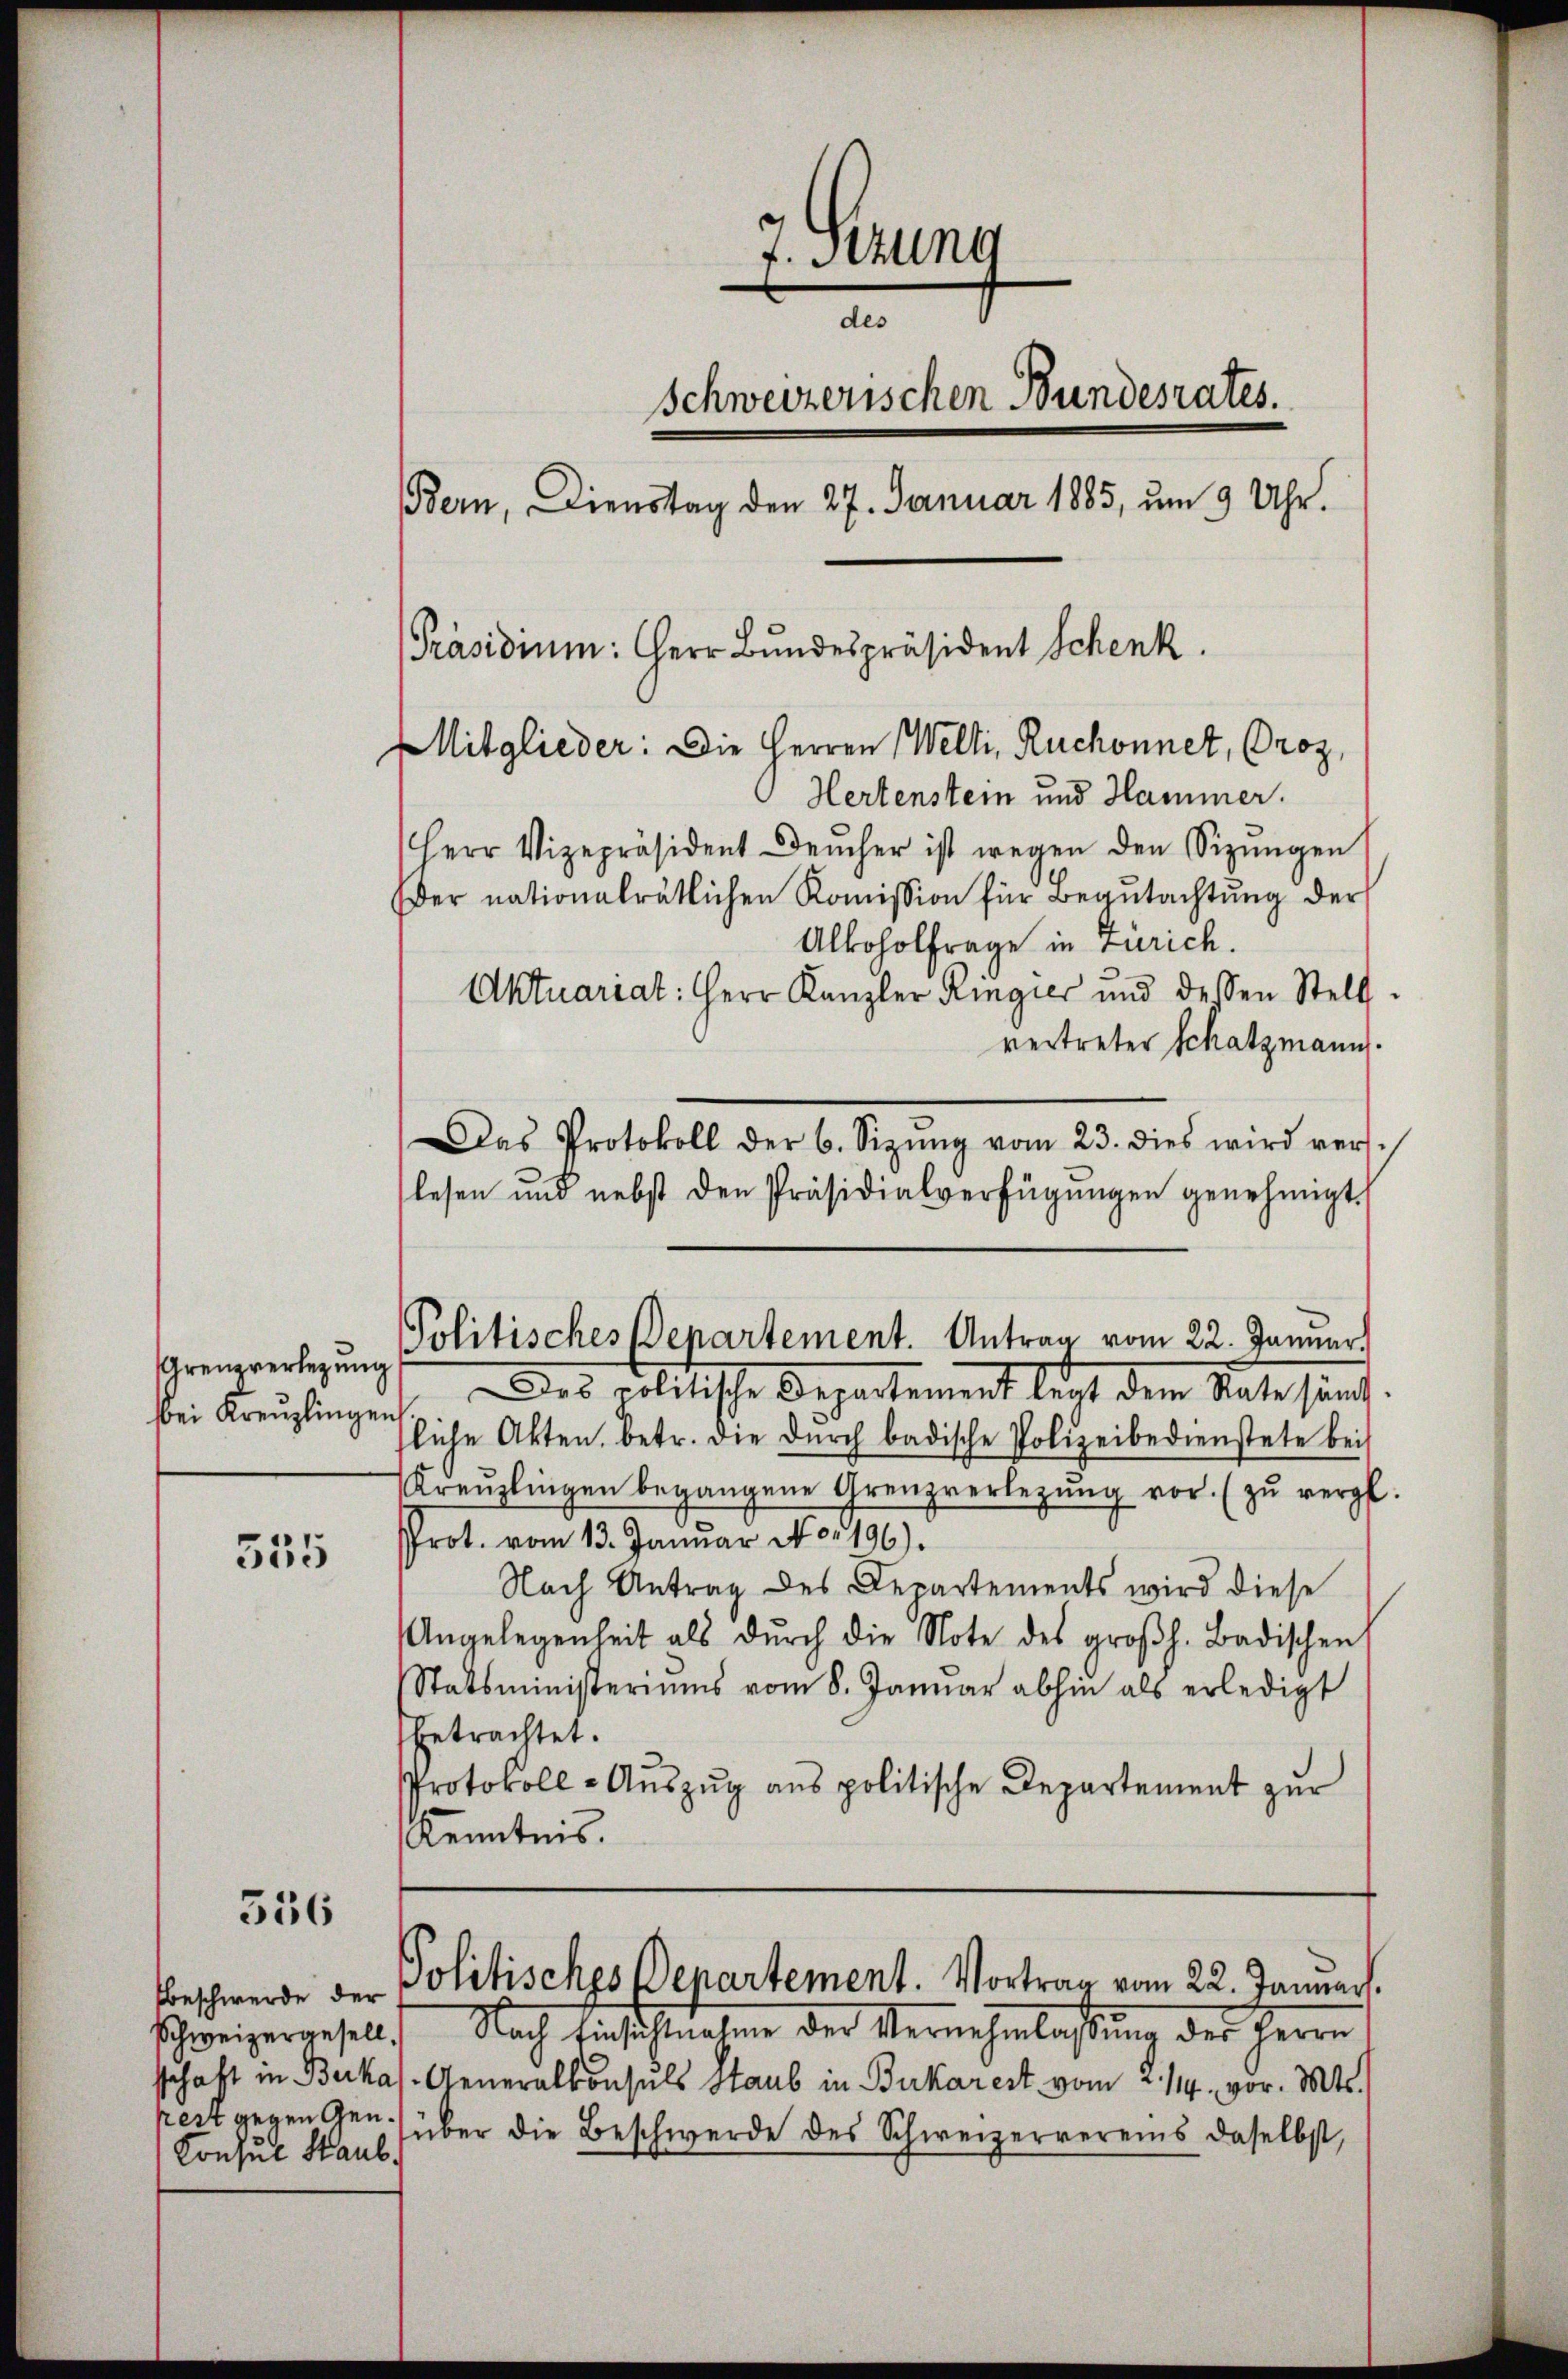
Grenzverlegung
bei Kreuzlingen

555

556

Schweizergesell.
Consul Haub.

7. Sitzung
des
Schweizerischen Bundesrates.
Bern, Dienstag den 27. Januar 1885, um 9 Uhr.
[Präsidium: Herr Bundespräsident Schenk.
Mitglieder: Die Herren Welti, Ruchonnet, Proz.
Hertenstein und Hammer.
Herr Vizepräsident Beŭcher ist wegen den Sizŭngen
Der nationalrätlichen Koṁission für Begutachtung der
Alkoholfrage in Zürich.
Aktuariat: Herr Kanzler Ringier und dessen Stell

vertreter Schatzmann.
Das Protokoll der 6. Sizŭng vom 23. dies wird vers
lesen und nebst den Präsidialverfügŭngen genehmigt.
Des politische Departement leist dem Rate samt
sliche Akten, betr. die dŭrch badische Polizeibedienstete bei
Kreŭzlingen begangene Grenzverlegŭng vor. (zŭ vergl.
Prot. vom 13. Januar No. 196).
Nach Antrag des Departements wird diese
Angelegenheit als dŭrch die Note des großh. Badischen
Statsministeriums vom 8. Janŭar abhin als erledigt
betrachtet.
Protokoll-Aŭszŭg ans politische Departement zur
Kenntnis.

Politisches Departement. Antrag vom 22. Januar.

Nach Einsichtnahme der Vernehmlassung der Herrn
schaft in Berkas- Generalkonsuls Staub in Bukarest vom 2./14. vor. Mts.
kest gegen Gen. über die Beschwerde des Schweizervereins daselbst,

Beschwerde der Politisches Departement. Vortrag vom 22. Janŭarh.